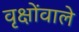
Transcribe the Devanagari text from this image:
वृक्षोंवाले